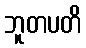
ဘူတပတိ